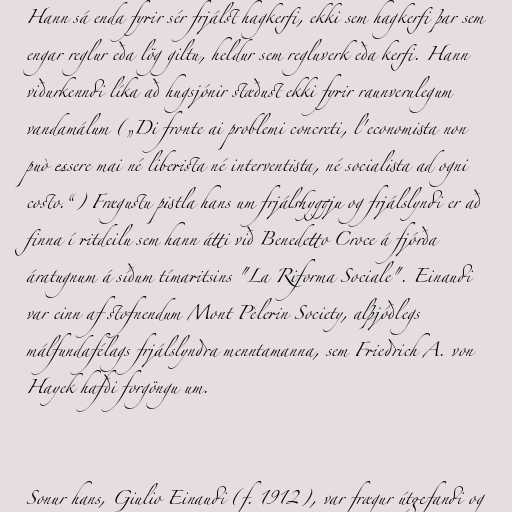
Hann sá enda fyrir sér frjálst hagkerfi, ekki sem hagkerfi þar sem
engar reglur eða lög giltu, heldur sem regluverk eða kerfi. Hann
viðurkenndi líka að hugsjónir stæðust ekki fyrir raunverulegum
vandamálum („Di fronte ai problemi concreti, l'economista non
può essere mai né liberista né interventista, né socialista ad ogni
costo.“) Frægustu pistla hans um frjálshyggju og frjálslyndi er að
finna í ritdeilu sem hann átti við Benedetto Croce á fjórða
áratugnum á síðum tímaritsins "La Riforma Sociale". Einaudi
var einn af stofnendum Mont Pèlerin Society, alþjóðlegs
málfundafélags frjálslyndra menntamanna, sem Friedrich A. von
Hayek hafði forgöngu um.

Sonur hans, Giulio Einaudi (f. 1912), var frægur útgefandi og